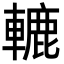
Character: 轆